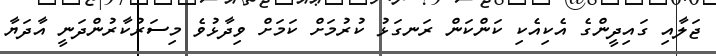
ޖަލާއި ގައިދީންގެ އެކިއެކި ކަންކަން ރަނގަޅު ކުރުމަށް ކަމަށް ވިދާޅުވެ މިސަރުކާރުންދަނީ އާދަޔާ